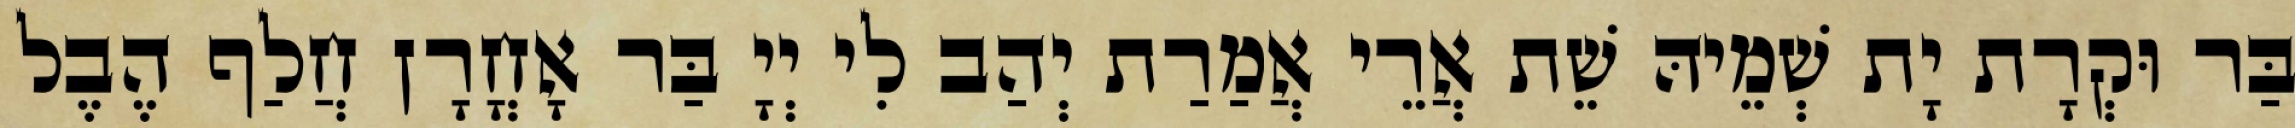
בַּר וּקְרָת יָת שְׁמֵיהּ שֵׁת אֲרֵי אֲמַרַת יְהַב לִי יְיָ בַּר אָחֳרָן חֲלַף הֶבֶל